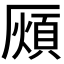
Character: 𭆖